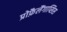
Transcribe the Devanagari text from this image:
प्रोफ़ैलैंगाप्सिस